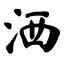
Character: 洒